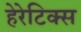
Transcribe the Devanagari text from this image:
हेरेटिक्स